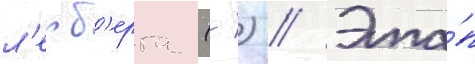
л'ерб'ерга (-) // Эта́п